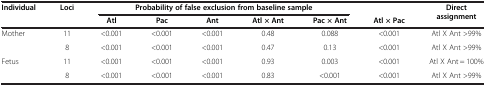
| Individual | Loci | <COLSPAN=5> Probability of false exclusion from baseline sample |  | Direct assignment |
 |  |  | Atl | Pac | Ant | Atl × Ant | Pac × Ant | Atl × Pac |  |
 | --- | --- | --- | --- | --- | --- | --- | --- | --- |
 | Mother | 11 | <0.001 | <0.001 | <0.001 | 0.48 | 0.088 | <0.001 | Atl X Ant >99% |
 |  | 8 | <0.001 | <0.001 | <0.001 | 0.47 | 0.13 | <0.001 | Atl X Ant >99% |
 | Fetus | 11 | <0.001 | <0.001 | <0.001 | 0.93 | 0.003 | <0.001 | Atl X Ant = 100% |
 |  | 8 | <0.001 | <0.001 | <0.001 | 0.83 | <0.001 | <0.001 | Atl X Ant >99% |